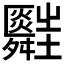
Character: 𦨃